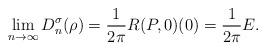
LaTeX: \begin{align*}\lim_{n\rightarrow\infty}D_n^\sigma(\rho)=\frac{1}{2\pi}R(P,0)(0)=\frac{1}{2\pi}E.\end{align*}